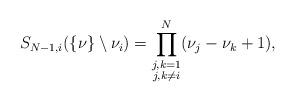
LaTeX: \begin{align*}S_{N-1,i}(\{\nu\}\setminus \nu_i) =\prod_{\substack{j,k = 1\\j,k\ne i}}^N (\nu_j - \nu_k + 1),\end{align*}